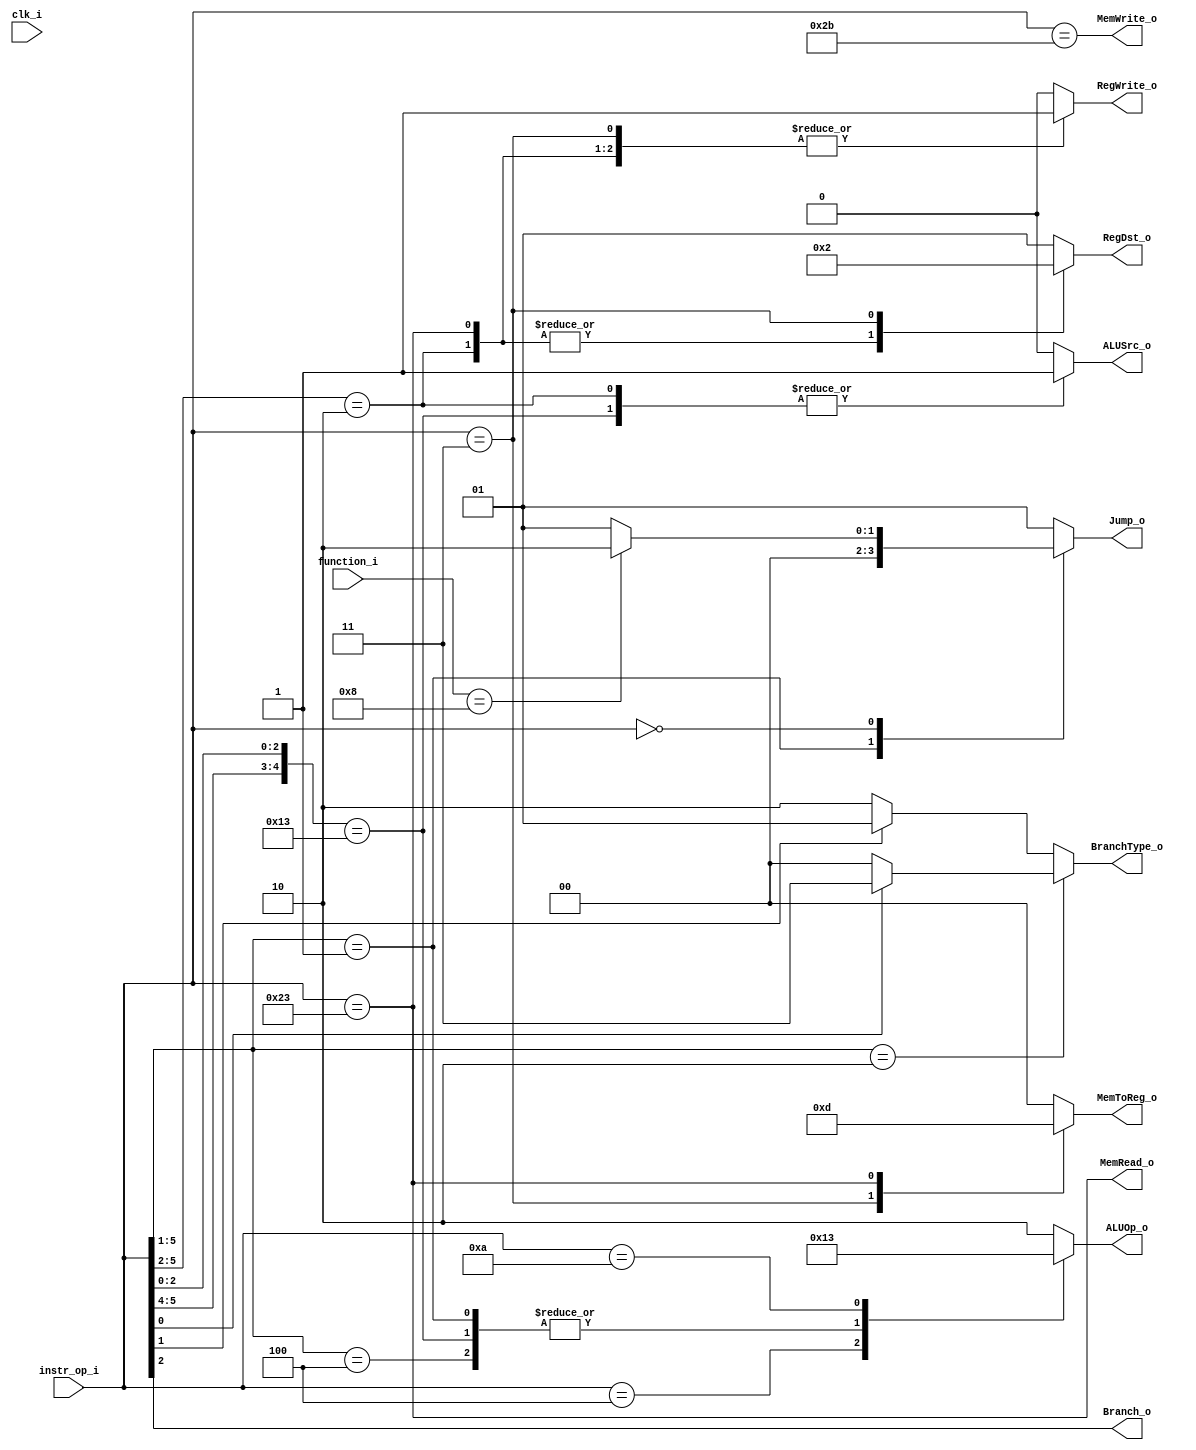

module Decoder(
	clk_i,
	instr_op_i,
	function_i,
	ALUOp_o,
	ALUSrc_o,
	Branch_o,
	BranchType_o,
	Jump_o,
	MemToReg_o,
	MemRead_o,
	MemWrite_o,
	RegWrite_o,
	RegDst_o,
);

// I/O ports
input clk_i;
input [6-1:0] instr_op_i, function_i;
output reg [2-1:0] ALUOp_o, BranchType_o, Jump_o, MemToReg_o, RegDst_o;
output reg ALUSrc_o, Branch_o;
output reg MemRead_o, MemWrite_o, RegWrite_o;

// Main function
always @(instr_op_i) begin
	Branch_o     <=  instr_op_i[2];
	BranchType_o <=  instr_op_i[5:1] == 5'b00010
		? (instr_op_i[0] ? 2'b11 : 2'b00)
		: (instr_op_i[1] ? 2'b01 : 2'b10);
	MemRead_o    <=  instr_op_i == 6'b100011;  // lw
	MemWrite_o   <=  instr_op_i == 6'b101011;  // sw
end

always @(instr_op_i, function_i) begin
	casez (instr_op_i)
		6'b00001?: ALUOp_o <= 2'b00;  // j / jal  ADD
		6'b000100: ALUOp_o <= 2'b01;  // beq  SUB
		6'b00100?: ALUOp_o <= 2'b00;  // addi / addiu  ADD
		6'b10?011: ALUOp_o <= 2'b00;  // lw / sw  ADD
		6'b001010: ALUOp_o <= 2'b11;  // slti  SLT
		default:   ALUOp_o <= 2'b10;
	endcase

	casez (instr_op_i)
		6'b0010??: ALUSrc_o <= 1'b1;  // addi / addiu / slti / sltiu
		6'b10?011: ALUSrc_o <= 1'b1;  // lw / sw
		default:   ALUSrc_o <= 1'b0;
	endcase

	casez (instr_op_i)
		6'b00001?: Jump_o <= 2'b00;  // j / jal
		6'b000000: casez (function_i)
			6'b001000: Jump_o <= 2'b10;  // jr / jalr
			default:   Jump_o <= 2'b01;
		endcase
		default:   Jump_o <= 2'b01;
	endcase

	casez (instr_op_i)
		6'b000011: MemToReg_o <= 2'b11;  // jal PC
		6'b100011: MemToReg_o <= 2'b01;  // lw  Data Memory
		default:   MemToReg_o <= 2'b00;  // ALU
	endcase

	casez (instr_op_i)
		6'b0010??: RegDst_o <= 2'b00;  // addi / addiu / slti / sltiu
		6'b100011: RegDst_o <= 2'b00;  // lw
		6'b000011: RegDst_o <= 2'b10;  // jal
		default:   RegDst_o <= 2'b01;
	endcase

	casez (instr_op_i)
		6'b000000: RegWrite_o <= 1;  // add
		6'b0010??: RegWrite_o <= 1;  // addi / addiu / slti / sltiu
		6'b100011: RegWrite_o <= 1;  // lw
		6'b000011: RegWrite_o <= 1;  // jal
		default:   RegWrite_o <= 0;
	endcase
end

endmodule